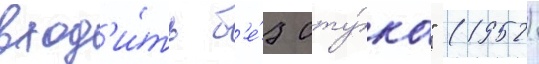
вход'и́ть б'е́з сту́ка" (1952)